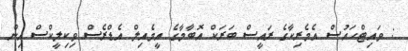
: ވައިޓްހައުސް އެމެރިކާގެ ރައީސް ބަރަކް އޮބާމާގެ އީމެއިލް އެޑްރެސް ވިކިލީކްސް އިން